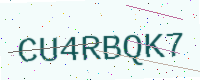
Text: CU4RBQK7